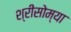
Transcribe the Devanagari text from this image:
श्रीसोम्या